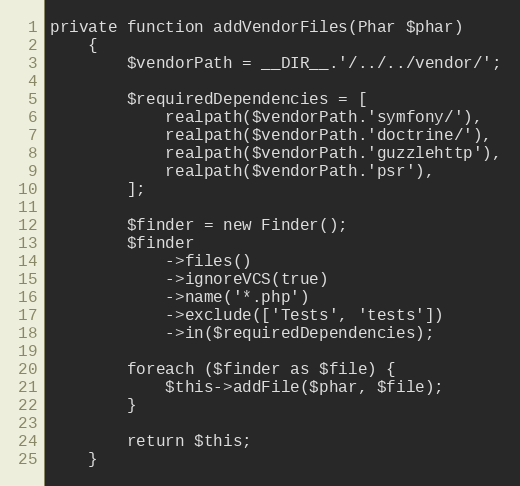
Language: PHP
private function addVendorFiles(Phar $phar)
    {
        $vendorPath = __DIR__.'/../../vendor/';

        $requiredDependencies = [
            realpath($vendorPath.'symfony/'),
            realpath($vendorPath.'doctrine/'),
            realpath($vendorPath.'guzzlehttp'),
            realpath($vendorPath.'psr'),
        ];

        $finder = new Finder();
        $finder
            ->files()
            ->ignoreVCS(true)
            ->name('*.php')
            ->exclude(['Tests', 'tests'])
            ->in($requiredDependencies);

        foreach ($finder as $file) {
            $this->addFile($phar, $file);
        }

        return $this;
    }